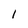
Character: 1